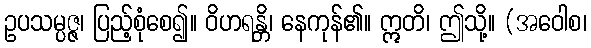
ဥပသမ္ပဇ္ဇ၊ ပြည့်စုံစေ၍။ ဝိဟရန္တိ၊ နေကုန်၏။ ဣတိ၊ ဤသို့။ (အဝေါစ၊